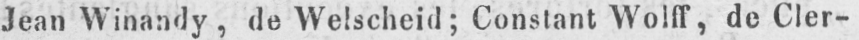
Jean Winandy, de Welscheid; Constant Wolff, de Cler-